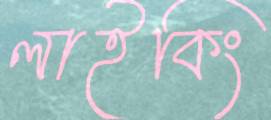
লাইকিং